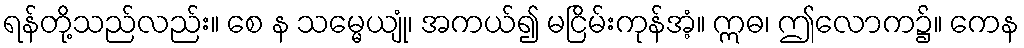
ရန်တို့သည်လည်း။ စေ န သမ္မေယျုံ၊ အကယ်၍ မငြိမ်းကုန်အံ့။ ဣဓ၊ ဤလောက၌။ ကေန